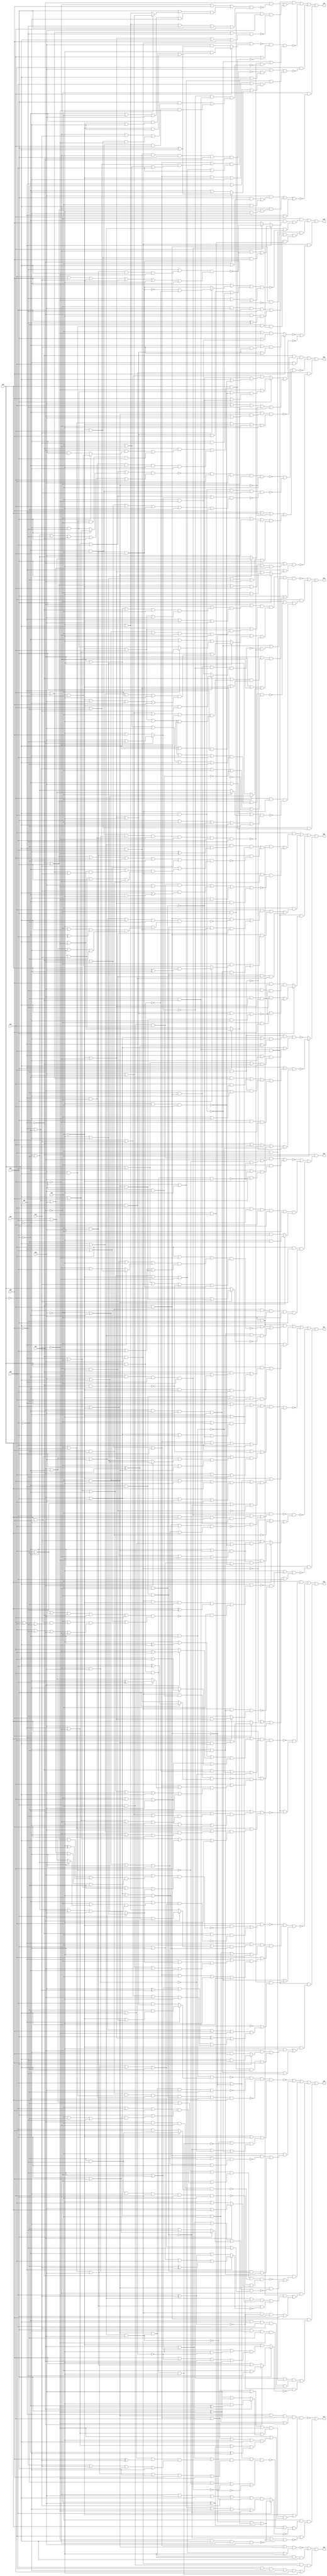
// Benchmark "quot_res" written by ABC on Mon Feb 27 17:13:49 2023

module quot_res ( 
    x00, x01, x02, x03, x04, x05, x06, x07, x08, x09, x10,
    z00, z01, z02, z03, z04, z05, z06, z07, z08, z09, z10  );
  input  x00, x01, x02, x03, x04, x05, x06, x07, x08, x09, x10;
  output z00, z01, z02, z03, z04, z05, z06, z07, z08, z09, z10;
  wire n24, n25, n26, n27, n28, n29, n30, n31, n33, n34, n35, n36, n37, n38,
    n40, n41, n42, n43, n44, n45, n46, n47, n48, n49, n51, n52, n53, n54,
    n55, n56, n57, n58, n59, n60, n61, n62, n63, n64, n65, n66, n67, n68,
    n69, n71, n72, n73, n74, n75, n76, n77, n78, n79, n80, n81, n82, n83,
    n85, n86, n87, n88, n89, n90, n91, n92, n93, n94, n95, n96, n97, n98,
    n99, n100, n101, n102, n104, n105, n106, n107, n108, n109, n110, n111,
    n112, n113, n114, n115, n116, n117, n118, n119, n120, n121, n122, n123,
    n124, n126, n127, n128, n129, n130, n131, n132, n133, n134, n135, n136,
    n137, n138, n139, n140, n141, n142, n143, n144, n145, n146, n147, n148,
    n149, n150, n151, n152, n153, n155, n156, n157, n158, n159, n160, n161,
    n162, n163, n164, n165, n166, n167, n168, n169, n170, n171, n172, n173,
    n174, n175, n177, n178, n179, n180, n181, n182, n183, n184, n185, n186,
    n187, n188, n189, n191, n192, n193, n194, n195, n196, n197, n198, n199,
    n200;
  assign z00 = ~n27 | n28 | (n24 & n25 & (n26 | n31));
  assign n24 = ~x00 & x01;
  assign n25 = x02 & x03;
  assign n26 = x08 & ~x07 & ~x06 & x04 & ~x05;
  assign n27 = (~x00 | x01 | x02 | (x03 & x04)) & (x00 | ~x01 | ~x02 | ~x03 | ~x04 | ~x05);
  assign n28 = n30 & n29 & ~x05 & x06;
  assign n29 = x02 & ~x00 & x01;
  assign n30 = x03 & x04;
  assign n31 = x07 & ~x06 & x04 & ~x05;
  assign z01 = ~x00 & (~n33 | n36 | (~x07 & n30 & n38));
  assign n33 = (x02 & x03 & x04 & (x01 | (~n34 & ~n35))) | (~x01 & (~x02 | ~x03 | (~x04 & ~n35)));
  assign n34 = x05 & x06;
  assign n35 = x07 & ~x06 & x04 & x05;
  assign n36 = n37 & (x01 ? (~x05 & ~x08) : (x05 & x08));
  assign n37 = ~x07 & ~x06 & x04 & x02 & x03;
  assign n38 = x09 & ~x08 & ~x06 & x05 & ~x01 & x02;
  assign z02 = (~x00 & ~n41 & (~x06 | ~x07)) | ~n42 | (x06 & x07 & ~n40);
  assign n40 = (x01 | ((~x00 | x02 | ~x03 | x04 | ~x05) & (x00 | ~x02 | x05))) & (x00 | (x02 ? (x03 & x04) : (~x03 | ~x04 | (~x01 & ~x05))));
  assign n41 = (~x02 | (x03 & x04 & (x01 | x05))) & (~x01 | x02 | ~x03 | ~x04 | ~x05);
  assign n42 = ~n48 & ~n43 & (x00 | x07 | ~n30 | n47);
  assign n43 = n46 & n45 & x10 & ~n44;
  assign n44 = (x00 | ~x04 | x08 | (x01 ? (x05 | ~x09) : (~x05 | x09))) & (~x00 | x01 | x04 | ~x05 | ~x08 | x09);
  assign n45 = ~x02 & x03;
  assign n46 = x06 & ~x07;
  assign n47 = (~x01 | x05 | (x02 ? (x06 | x08) : (~x06 | ~x08))) & (~x05 | ~x06 | ~x08 | x01 | x02);
  assign n48 = ~n49 & ~x07 & x05 & ~x01 & x03;
  assign n49 = (x00 | ~x04 | x08 | (x02 ? (x06 | x09) : (~x06 | ~x09))) & (~x06 | ~x08 | ~x09 | ~x00 | x02 | x04);
  assign z03 = ~n58 | n51 | (~x03 & x04 & n57);
  assign n51 = ~x07 & ((~x01 & ~n52) | (x04 & n24 & ~n56));
  assign n52 = (~x00 | x02 | n55) & (x00 | ~x02 | x03 | ~n53 | ~n54);
  assign n53 = x04 & x05;
  assign n54 = x06 & x08;
  assign n55 = (~x03 | x04 | ~x05 | ~x06 | x08) & (x03 | ~x04 | x05 | x06 | ~x08);
  assign n56 = (~x02 | x05 | (x03 ? (x06 | x08) : (~x06 | ~x08))) & (x02 | x03 | ~x05 | x06 | ~x08);
  assign n57 = x07 & ((~x00 & ((x01 & (x02 ? (~x05 & x06) : (x05 & ~x06))) | (x05 & x06 & ~x01 & x02))) | (x00 & ~x01 & ~x02 & ~x05 & ~x06));
  assign n58 = n66 & (~n46 | (~n60 & ~n63)) & (x02 | n59);
  assign n59 = (x01 | ((~x00 | ((x05 | ~x06 | x03 | ~x04) & (~x03 | x04 | ~x05 | x06))) & (~x04 | ~x05 | x06 | x00 | ~x03))) & (x00 | ~x01 | ~x04 | (x03 ? (x05 | x06) : (~x05 | ~x06)));
  assign n60 = ~x08 & n61 & ~n62 & (x02 ? (~x03 & x10) : (x03 & ~x10));
  assign n61 = ~x00 & x04;
  assign n62 = x01 ? (x05 | ~x09) : (~x05 | x09);
  assign n63 = n45 & n65 & n64 & ~x10 & x08 & ~x09;
  assign n64 = x00 & ~x01;
  assign n65 = ~x04 & x05;
  assign n66 = n69 & (~n61 | n67 | ~n68);
  assign n67 = x01 ? (x02 | ((x06 | ~x09 | x03 | ~x05) & (~x03 | x05 | ~x06 | x09))) : (~x02 | ~x05 | (x03 ? (x06 | x09) : (~x06 | ~x09)));
  assign n68 = ~x07 & ~x08;
  assign n69 = (x01 | ((x02 | ((~x04 | ~x05 | ~x00 | x03) & (~x03 | x04 | x05))) & (x00 | ~x03 | x05))) & (x00 | ((~x03 | x04) & (~x01 | ~x02 | x03 | ~x04 | ~x05)));
  assign z04 = n75 | ~n80 | (~x07 & ~n71) | (~x01 & ~n79);
  assign n71 = (x05 | (~n73 & (x06 | n72))) & (x04 | ~x05 | n74);
  assign n72 = (~x00 | x01 | x02 | ((x04 | ~x08) & (x03 | ~x04 | x08))) & (x00 | ~x01 | ~x02 | ~x03 | ~x04 | x08);
  assign n73 = x08 & x06 & ~x04 & x02 & ~x00 & x01;
  assign n74 = (~x00 | x01 | x02 | ~x03 | ~x06 | x08) & (x00 | ~x08 | (x01 ? (x02 | x06) : (~x02 | ~x06)));
  assign n75 = n78 & ((x01 & ~n76) | (~x01 & x02 & x05 & ~n77));
  assign n76 = (~x04 | x09 | ((x02 | (x03 ? (x05 | ~x06) : (~x05 | x06))) & (~x02 | x03 | x05 | ~x06))) & (~x05 | x06 | ~x09 | x02 | x04);
  assign n77 = (x04 | ~x06 | ~x09) & (~x03 | ~x04 | x06 | x09);
  assign n78 = ~x08 & ~x00 & ~x07;
  assign n79 = (x05 & ((x02 & (x03 | x06)) | (x03 & x06))) | (~x04 & (~x00 | x02 | (~x05 & ~x06))) | (x00 & x04);
  assign n80 = ~n81 & (x04 | ~n57) & (~n46 | (~n63 & ~n82));
  assign n81 = n24 & (x04 ? (~x05 & ((~x02 & (~x03 | ~x06)) | (~x03 & ~x06))) : (x05 & (x02 | x06)));
  assign n82 = ~n62 & n83 & ((x02 & ((~x04 & x10) | (~x03 & x04 & ~x10))) | (~x02 & x03 & x04 & ~x10));
  assign n83 = ~x00 & ~x08;
  assign z05 = (x03 & (~n85 | (n78 & ~n92))) | ~n94 | (n78 & n93);
  assign n85 = n88 & (x07 | (~n87 & (x04 | n86)));
  assign n86 = (~x00 | x01 | x02 | (x05 ? (~x06 ^ x08) : (x06 | x08))) & (x00 | ~x01 | ~x02 | x05 | x06 | ~x08);
  assign n87 = n24 & n53 & (x02 ? (x06 ^ x08) : (x06 & x08));
  assign n88 = (x00 | n91) & (~x00 | ~n89 | ~n90 | ~n65);
  assign n89 = ~x06 & x07;
  assign n90 = ~x01 & ~x02;
  assign n91 = (~x05 | (~x02 ^ x06) | (x01 ? (~x04 | ~x07) : x04)) & (~x01 | x04 | x05 | (x02 ? (x06 | ~x07) : ~x06));
  assign n92 = (~x02 | ((x01 | ((x05 | ~x06 | ~x09) & (x06 | x09 | ~x04 | ~x05))) & (~x01 | x04 | x05 | ~x06 | x09))) & (~x01 | x02 | ((x05 | ((x06 | ~x09) & (~x04 | ~x06 | x09))) & (x06 | x09 | x04 | ~x05)));
  assign n93 = ~x03 & ((~x05 & ((x01 & (x02 ? (x06 & ~x09) : (~x06 & x09))) | (~x01 & x02 & x06 & x09))) | (x01 & ~x02 & x05 & ~x06 & ~x09));
  assign n94 = ~n95 & n100 & (~n46 | (~n63 & (~n83 | n98)));
  assign n95 = ~x07 & ((~x03 & ~n96) | (~x00 & x03 & ~n97));
  assign n96 = (x01 | ((~x00 | x02 | x06 | (~x05 ^ ~x08)) & (x00 | ~x02 | x05 | ~x06 | ~x08))) & (x00 | ~x01 | ~x08 | (x02 ? (~x05 | ~x06) : (x05 | x06)));
  assign n97 = (~x02 | ((~x01 | (x05 ? (~x06 | ~x08) : (x06 | x08))) & (~x06 | ~x08 | x01 | x05))) & (~x01 | x02 | x05 | x06 | ~x08);
  assign n98 = (x01 | ~x02 | x05 | x09 | ~x10) & (n99 | ((~x01 | ~x09 | (x05 ^ x10)) & (x09 | x10 | x01 | ~x05)));
  assign n99 = x02 ^ (~x03 | ~x04);
  assign n100 = n102 & (~x07 | n101);
  assign n101 = (x00 | ((~x01 | (x02 ? (~x05 | ~x06) : (x05 | x06))) & (x05 | ~x06 | x01 | ~x02))) & (~x00 | x01 | x02 | x03 | ~x05 | x06);
  assign n102 = (x00 | ((x03 | (x01 ? (x05 | (x02 ^ ~x06)) : (~x05 | x06))) & (x01 | x02 | ~x05 | x06))) & (x01 | x02 | x03 | ~x05 | ~x06);
  assign z06 = n104 | n112 | n122 | (x03 ? ~n119 : ~n121);
  assign n104 = ~x07 & (n106 | (n24 & n105 & ~n111));
  assign n105 = ~x08 & x09;
  assign n106 = n110 & ((n107 & n109 & (~x03 | ~x05)) | (x03 & x05 & ~n108));
  assign n107 = ~x00 & x02;
  assign n108 = (~x00 | x02 | x04 | ~x06 | ~x08 | x10) & (x00 | x08 | ((~x02 | ((x06 | ~x10) & (x04 | ~x06 | x10))) & (~x06 | x10 | x02 | ~x04)));
  assign n109 = ~x08 & (~x06 ^ ~x10);
  assign n110 = ~x01 & ~x09;
  assign n111 = (x02 & x03 & x04 & (x05 | ~x10)) | (x10 & (x06 | (~x02 & ~x05))) | (~x06 & ~x10) | (~x02 & (~x03 | ~x04));
  assign n112 = x03 & (n115 | n117 | (n113 & n114 & n118));
  assign n113 = ~x02 & x00 & ~x01;
  assign n114 = ~x04 & ~x05;
  assign n115 = ~x07 & ((n61 & ~n116) | (n113 & n54 & n114));
  assign n116 = (x01 | ~x02 | x05 | x06 | ~x08) & (~x05 | ((~x01 | x06 | (~x02 ^ x08)) & (x01 | ~x02 | ~x06 | ~x08)));
  assign n117 = n61 & ((~x01 & (x02 ? (x07 & (x05 ^ ~x06)) : (~x05 & x06))) | (x01 & ~x02 & x05 & ~x06 & x07));
  assign n118 = x06 & x07;
  assign n119 = (x00 | n120) & (~x00 | x04 | x06 | ~n90 | ~n68);
  assign n120 = (~x02 & (x04 | ~x06)) | (x04 & (~x01 | ~x06)) | (~x07 & ~x08 & (x01 | ~x06)) | (x02 & ~x04 & x06);
  assign n121 = ((~x07 & ~x08) | ((x01 | x02 | ~x06) & (x00 | (x02 ^ ~x06)))) & (x01 | x02 | ((x00 | ~x06) & (x07 | x08 | ~x00 | x06)));
  assign n122 = n78 & (x02 ? ((~x09 & n124) | (~x01 & x09 & ~n123)) : ((x09 & n124) | (x01 & ~x09 & ~n123)));
  assign n123 = (x06 & (~x03 | ~x04 | ~x05)) | (x03 & x04 & x05 & ~x06);
  assign n124 = x01 & x06 & (~x03 | ~x04);
  assign z07 = n126 | n138 | ~n139 | ~n146 | (~x02 & ~n132);
  assign n126 = n110 & ((x06 & ~n128) | (n127 & n107 & ~n131));
  assign n127 = ~x06 & ~x08;
  assign n128 = (~x07 | ~x10 | n129) & (x07 | x08 | x10 | ~n107 | n130);
  assign n129 = (x02 | ~x03 | ~x05 | (x00 ? (x04 | ~x08) : (~x04 | x08))) & (x00 | ~x02 | x08 | (x03 & x04 & x05));
  assign n130 = x05 & x03 & x04;
  assign n131 = x10 ? (~x07 | (x03 & x04 & x05)) : x07;
  assign n132 = (~x05 | (~n133 & ~n136)) & (~n24 | n137 | x05 | x08);
  assign n133 = x06 & (n135 | (x03 & ~n134));
  assign n134 = (~x07 | ~x08 | ~x09 | ~x00 | x01 | x04) & (x00 | x08 | ((~x01 | ((x07 | x09) & (x04 | ~x07 | ~x09))) & (~x07 | ~x09 | x01 | ~x04)));
  assign n135 = ~x00 & x01 & ~x03 & ~x08 & (x07 ^ ~x09);
  assign n136 = n24 & n127 & (x07 ? (x09 & (~x03 | ~x04)) : ~x09);
  assign n137 = x09 ? (~x07 | (x03 & x04 & x06)) : x07;
  assign n138 = ~x01 & ((x07 & ((~x00 & (x08 | (~x02 & ~x03))) | (~x02 & ~x03 & x08))) | (x00 & ~x02 & ~x03 & ~x07 & ~x08));
  assign n139 = n144 & (x08 | ~n107 | n140) & (~x03 | n142);
  assign n140 = (x07 | x09 | ((~x03 | ~x04 | n141) & (~x01 | (x03 & x04)))) & (x01 | ~x07 | ~x09);
  assign n141 = x01 ? (x05 | x06) : (~x05 | ~x06);
  assign n142 = (x08 | ~n61 | n143) & (~x07 | ~x08 | ~n113 | ~n114);
  assign n143 = (~x01 | ~x02 | ~x05 | x07) & (x01 | x02 | x05 | ~x07);
  assign n144 = (x00 | ~x07 | ((~x01 | ~x08) & (x01 | x02 | x08 | ~n145))) & (~x00 | x01 | x02 | x07 | x08 | ~n145);
  assign n145 = x03 & ~x04;
  assign n146 = ~n147 & (~n24 | ~n105 | n151);
  assign n147 = x03 & ((n149 & n150) | (~x08 & n61 & ~n148));
  assign n148 = (x01 | x02 | ~x05 | x06 | ~x07) & (~x01 | ~x02 | x05 | ~x06 | x07);
  assign n149 = ~x04 & ~x02 & x00 & ~x01;
  assign n150 = x08 & x07 & x05 & ~x06;
  assign n151 = x07 ? (~x10 | (n152 & (x02 | ~x06 | ~n153))) : (x10 | (n152 & (~x02 | x06 | ~n153)));
  assign n152 = (~x02 | (x03 & x04)) & (x02 | ~x03 | ~x04 | ~x05);
  assign n153 = ~x05 & x03 & x04;
  assign z08 = ~n171 | n169 | n163 | n155 | n159;
  assign n155 = ~x04 & (n157 | (n24 & ~n156 & x02 & x09));
  assign n156 = x08 ^ x10;
  assign n157 = n110 & ((n107 & ~n156 & (~x03 | ~x05)) | (x03 & x05 & ~n158));
  assign n158 = x00 ? (x02 | ~x06 | ~x07 | (~x08 ^ x10)) : (~x02 | (x08 ^ x10));
  assign n159 = n61 & (n161 | (~n156 & ~n160));
  assign n160 = x02 ? (x01 ? (x03 | ~x09) : (x09 | (x03 & x05))) : (~x03 | ((~x01 | ~x09 | (~x05 & ~n118)) & (x09 | ~n118 | x01 | ~x05)));
  assign n161 = ~n62 & n162 & ((~x02 & x06 & x08 & x10) | (x02 & ~x06 & ~x08 & ~x10));
  assign n162 = x03 & ~x07;
  assign n163 = ~x00 & (~n165 | (n30 & ~n164));
  assign n164 = (x01 | ~x05 | ~x06 | (x02 ? (x08 | x09) : (~x08 | ~x09))) & (~x01 | x02 | x05 | x06 | ~x08 | ~x09);
  assign n165 = n166 & ~n167 & (~n168 | (x01 ? (x05 | x07) : (~x05 | ~x07)));
  assign n166 = (x01 | ~x02 | ~x08 | ~x09) & (~x01 | ((x03 | x08 | x09) & (x02 | ((x08 | x09) & (x03 | ~x08 | ~x09)))));
  assign n167 = x01 & x03 & ~x04 & (x02 ? (~x08 & ~x09) : (x08 & x09));
  assign n168 = ~x09 & ~x08 & ~x06 & x04 & x02 & x03;
  assign n169 = x03 & ((n61 & ~n170) | (n113 & n65 & n127));
  assign n170 = (x01 | x02 | ~x05 | x06 | ~x08) & (~x01 | ~x02 | x05 | ~x06 | x08);
  assign n171 = ~n172 & ~n174 & ~n175 & (~x03 | x08 | n173);
  assign n172 = n90 & (x00 ? (~x08 & (~x03 | (~x04 & ~x05))) : (x08 & (~x03 | ~x04 | ~x05)));
  assign n173 = (~n29 | ~n31) & (~n113 | ~n65 | ~n46);
  assign n174 = n30 & n29 & x05 & ~x08;
  assign n175 = n105 & n34 & n64 & n145 & ~x02 & x07;
  assign z09 = n177 | n187 | (n24 & (~n183 | ~n184));
  assign n177 = ~x01 & (n178 | (n107 & ~n180));
  assign n178 = ~x02 & (x00 ? ((~x04 & ~n179) | (~x03 & x04 & x09)) : (x04 ? ~n179 : x09));
  assign n179 = (~x09 | (x03 & x05 & x06 & ~x10)) & (~x07 | x09 | x10 | ~x03 | ~x05 | ~x06);
  assign n180 = (x09 | (x10 ? (~n181 | ~n89) : n130)) & n182 & (~x09 | ~x10 | n130);
  assign n181 = x05 & x03 & x04;
  assign n182 = ~x03 | ~x04 | ~x05 | x09 | (~x06 & x10);
  assign n183 = x09 ? ((~x02 | (x10 & (~x03 | ~x04 | ~x05))) & (~x03 | ~x04 | ~x05 | x10)) : ((x03 | ~x10) & (x02 | (x03 & ~x10)));
  assign n184 = n186 & (x05 | ~x07 | ~x09 | ~n30 | n185);
  assign n185 = x02 ? (x06 | ~x10) : (~x06 | x10);
  assign n186 = x02 ? (~x10 | ((~x06 | ~x09 | ~n153) & (x09 | ~n145))) : (x09 | x10 | (~n145 & (x06 | ~n153)));
  assign n187 = n162 & (n189 | (~x08 & n34 & n149 & n188));
  assign n188 = x09 & ~x10;
  assign n189 = n61 & ~n185 & ((~x01 & x05 & x08 & ~x09) | (x01 & ~x05 & (x08 ^ ~x09)));
  assign z10 = ~n193 | (x03 & (x07 | ~n191 | ~n199) & (~x07 | ~n197));
  assign n191 = (x08 | ~n61 | n192) & (~x08 | ~n34 | ~n149 | ~n188);
  assign n192 = (x01 | ~x05 | ((~x02 | x06 | (x09 ^ x10)) & (~x09 | x10 | x02 | ~x06))) & (~x01 | x02 | x05 | ~x06 | x09 | ~x10);
  assign n193 = n196 & (~x03 | (n194 & (~x10 | n195)));
  assign n194 = (~x00 | x01 | x02 | x04 | x05 | ~x10) & (x00 | ~x04 | (x01 ? (~x05 | (~x02 ^ ~x10)) : (x05 | (x02 ^ ~x10))));
  assign n195 = (~x00 | x01 | x02 | x04 | ~x05 | x06) & (x00 | ~x04 | (~x01 ^ x05) | (~x02 ^ ~x06));
  assign n196 = (x00 | (x03 & x04) | (x02 ^ ~x10)) & (x01 | x02 | x03 | ~x10);
  assign n197 = (~n113 | ~n198) & (~n61 | n185 | (~x01 ^ x05));
  assign n198 = ~x10 & x06 & ~x04 & x05;
  assign n199 = x08 ? (~n61 | n185 | (~x01 ^ x05)) : n200;
  assign n200 = (~x04 | x05 | x06 | x10 | ~n29) & (x04 | ~x05 | ~x06 | ~x10 | ~n113);
endmodule